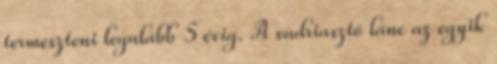
termeszteni legalább 5 évig. A vadriasztó lánc az egyik